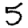
Digit: 5